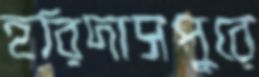
হরিদাসপুরে